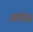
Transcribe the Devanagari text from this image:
अंदोज़